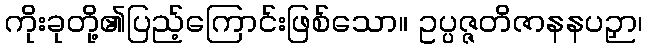
ကိုးခုတို့၏ပြည့်ကြောင်းဖြစ်သော။ ဥပ္ပဇ္ဇတိဇာနနပဉှာ၊